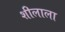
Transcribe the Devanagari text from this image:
शीलाला